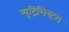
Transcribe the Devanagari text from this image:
न्युट्रिसिस्टम